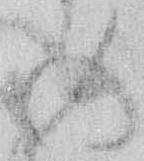
の